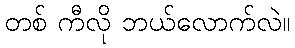
တစ် ကီလို ဘယ်လောက်လဲ။